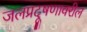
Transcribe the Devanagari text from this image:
जलप्रदूषणावरील